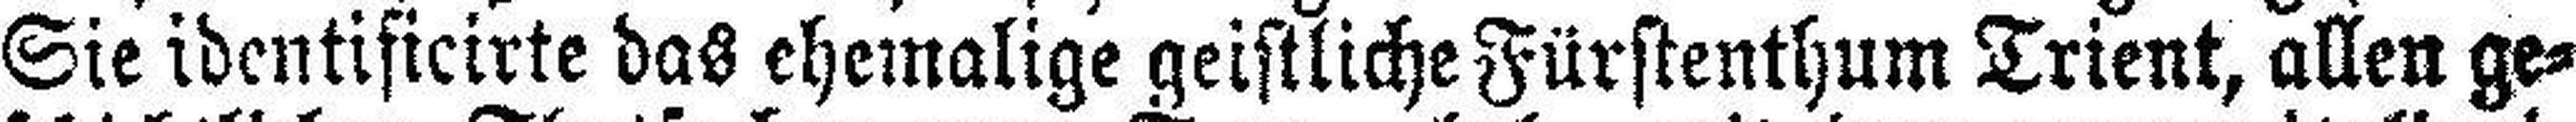
Sie identisicirte das ehemalige geistliche Fürstenthum Trient, allen ge¬